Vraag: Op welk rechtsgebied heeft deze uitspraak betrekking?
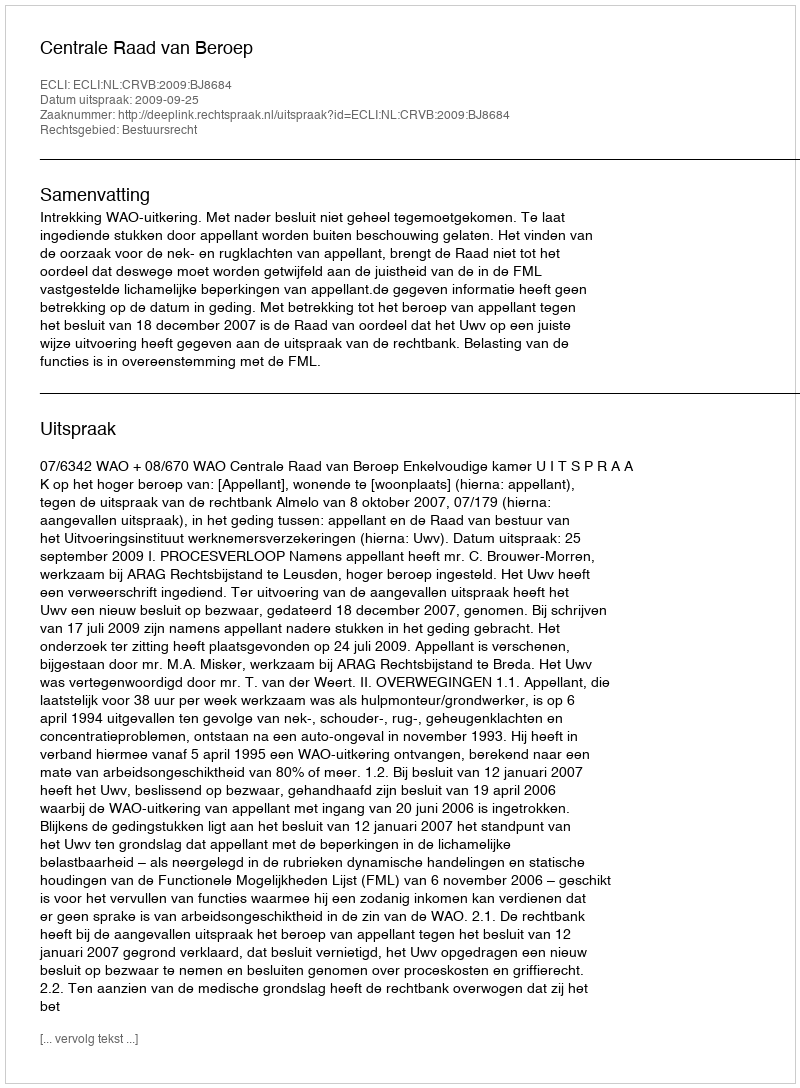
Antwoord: Bestuursrecht